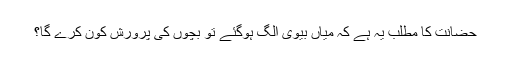
حضانت کا مطلب یہ ہے کہ میاں بیوی الگ ہوگئے تو بچوں کی پرورش کون کرے گا؟